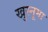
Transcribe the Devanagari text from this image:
खुस्नूमा